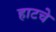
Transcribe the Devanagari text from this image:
हाटचे